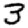
Digit: 3